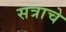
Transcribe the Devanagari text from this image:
सत्राचे